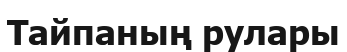
Тайпаның рулары